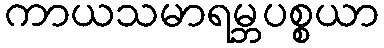
ကာယသမာရမ္ဘပစ္စယာ